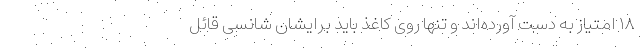
۱۸ امتیاز به دست آورده‌اند و تنها روی کاغذ باید برایشان شانسی قائل